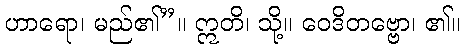
ဟာရော၊ မည်၏”။ ဣတိ၊ သို့။ ဝေဒိတဗ္ဗော၊ ၏။